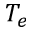
T _ { e }